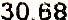
30.68